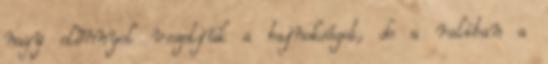
nagy előnnyel vezetjük a bajnokságot, de a raliban a